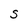
Character: S